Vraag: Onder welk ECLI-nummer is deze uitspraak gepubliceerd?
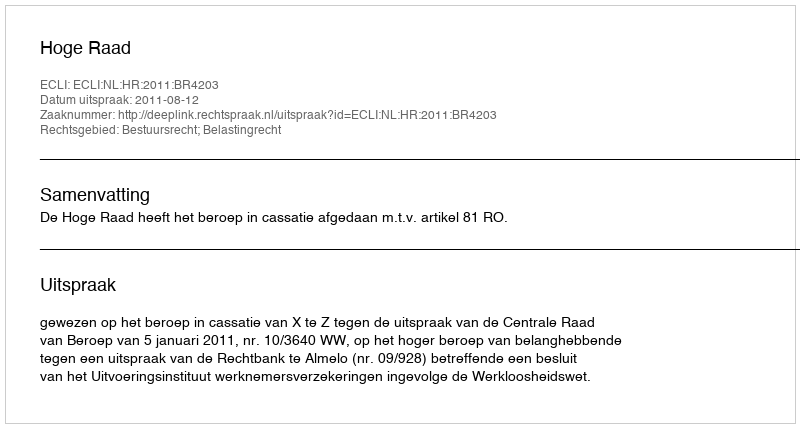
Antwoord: ECLI:NL:HR:2011:BR4203